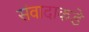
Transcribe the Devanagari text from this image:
संवादाकडे